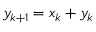
y _ { k + 1 } = x _ { k } + y _ { k }